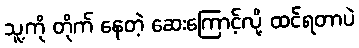
သူ့ကို တိုက် နေတဲ့ ဆေးကြောင့်လို့ ထင်ရတာပဲ